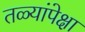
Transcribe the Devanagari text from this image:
तळ्यांपेक्षा